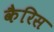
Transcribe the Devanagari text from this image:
कैरिस